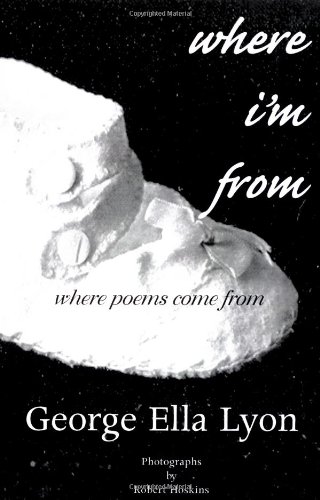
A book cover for Where I'm From (Writers' & Young Writers' Series #2); George Ella Lyon; Teen & Young Adult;